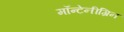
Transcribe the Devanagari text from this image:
मॉन्टेनीग्रिन